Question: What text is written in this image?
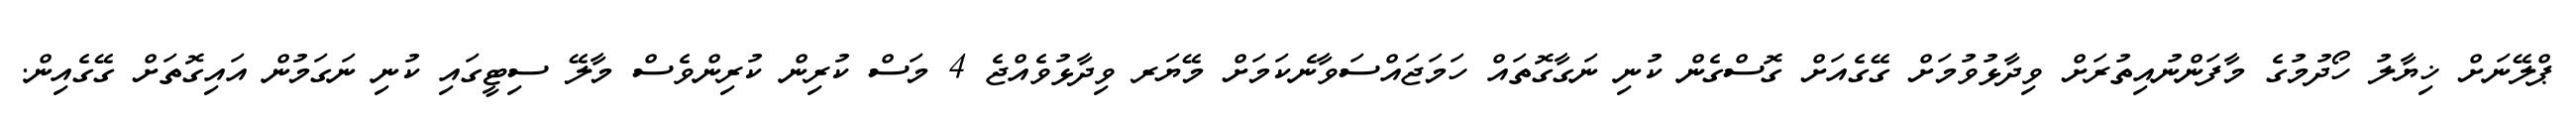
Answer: ޕްލޭނަށް ޚިޔާލު ހޯދުމުގެ މާފަންނުއިތުރަށް ވިދާޅުވުމަށް ގޭގެއަށް ގޮސްގެން ކުނި ނަގާގޮތައް ހަމަޖައްސަވާނެކަމަށް މޭޔަރ ވިދާޅުވެއްޖެ 4 މަސް ކުރިން ކުރިންވެސް މާލޭ ސިޓީގައި ކުނި ނަގަމުން އައިގޮތަށް ގޭގެއިން.